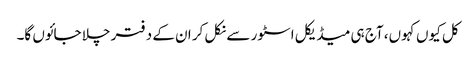
کل کیوں کہوں، آج ہی میڈیکل اسٹور سے نکل کر ان کے دفتر چلا جائوں گا۔